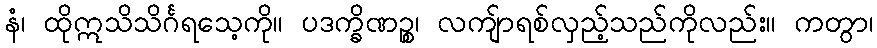
နံ၊ ထိုဣသိသိင်္ဂရသေ့ကို။ ပဒက္ခိဏဉ္စ၊ လကျ်ာရစ်လှည့်သည်ကိုလည်း။ ကတွာ၊